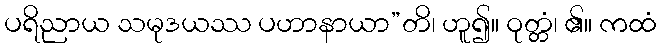
ပရိညာယ သမုဒယဿ ပဟာနာယာ”တိ၊ ဟူ၍။ ဝုတ္တံ၊ ၏။ ကထံ